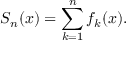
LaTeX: S _ { n } ( x ) = \sum _ { k = 1 } ^ { n } f _ { k } ( x ) .